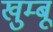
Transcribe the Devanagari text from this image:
खुम्बू